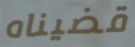
قضيناه